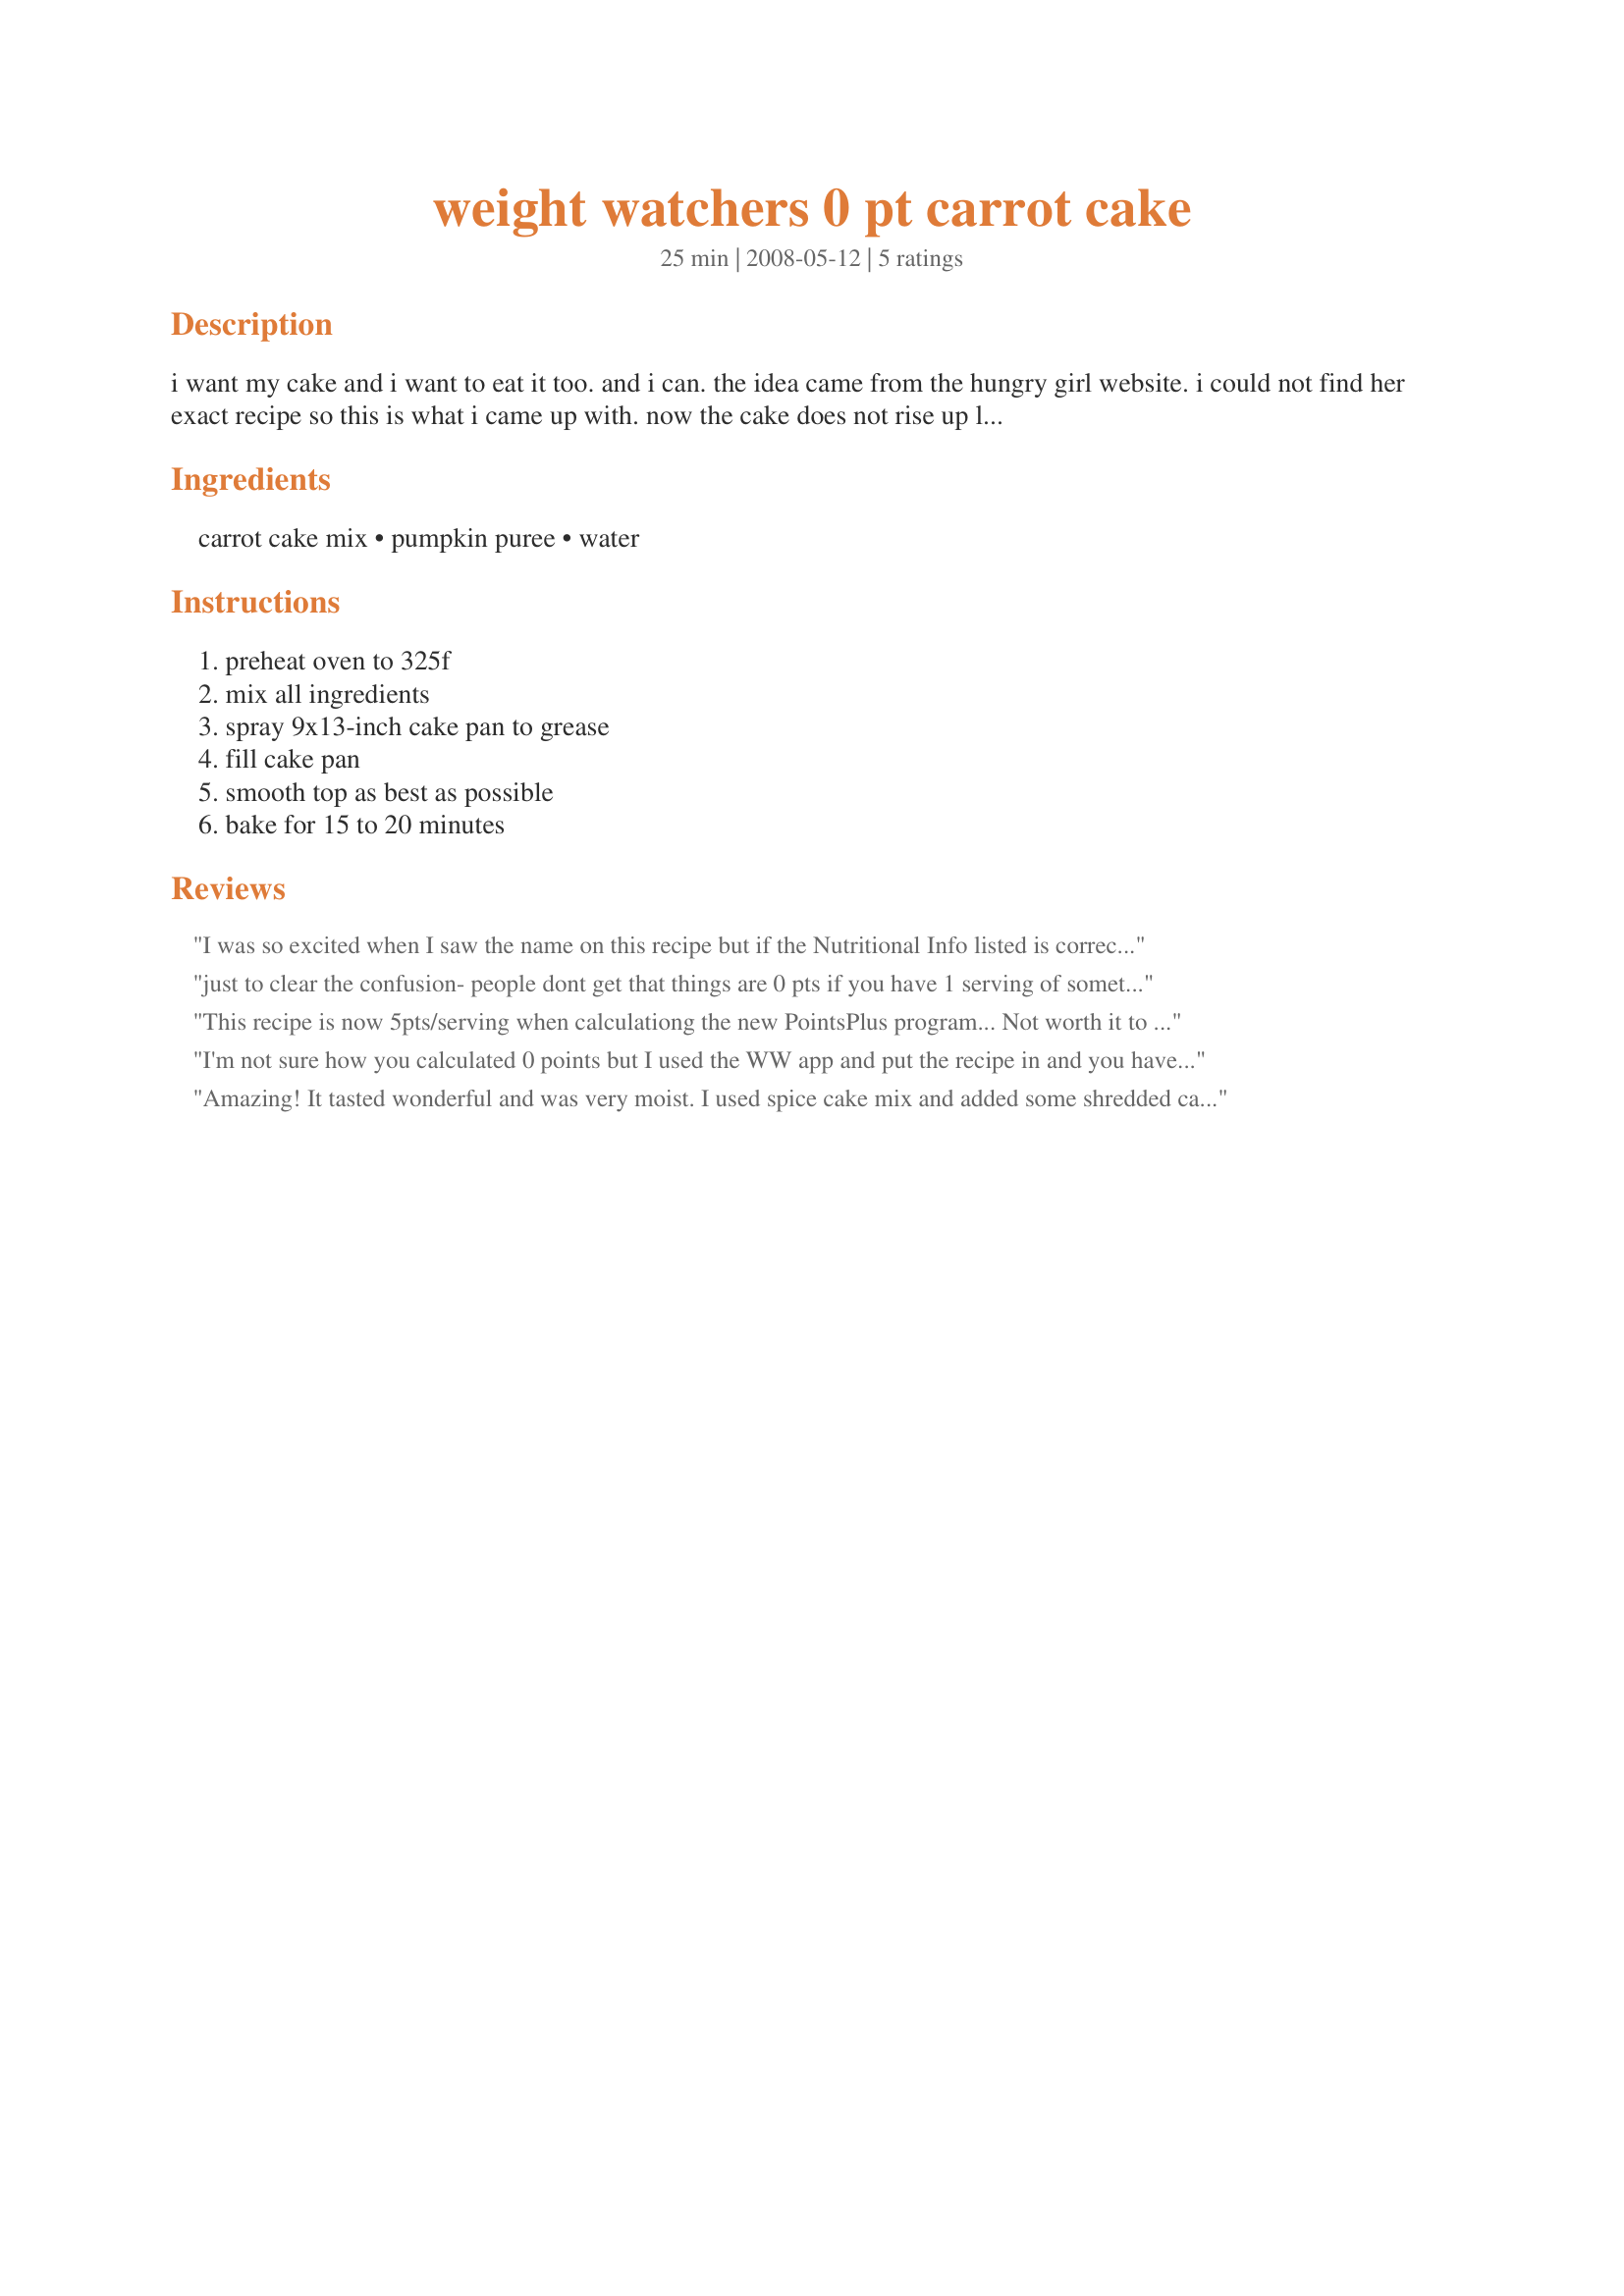
weight watchers 0 pt carrot cake
Preparation time: 25 minutes

i want my cake and i want to eat it too. and i can. the idea came from the hungry girl website. i could not find her exact recipe so this is what i came up with. now the cake does not rise up like normal cakes do. but, the flavor and moistness is awesome. it has the texture of a bread pudding,
i did make a light sour cream glaze with pecans for the top and that added 2 points if you use the whole amount i usually only use half so i figure one point. will list that recipe also.

Ingredients:
carrot cake mix, pumpkin puree, water

Steps:
preheat oven to 325f, mix all ingredients, spray 9x13-inch cake pan to grease, fill cake pan, smooth top as best as possible, bake for 15 to 20 minutes

Reviews:
I was so excited when I saw the name on this recipe but if the Nutritional Info listed is correct, according to my handy Weight Watchers Turnaround Pointsfinder Slide, this cake has 4 PTS per serving ... sorry to disappoint anyone, but thought all you fellow Weight Watchers would want to know -- it sure does seem though that it must be a whole lot healthier than a regular piece of cake!
just to clear the confusion- people dont get that things are 0 pts if you have 1 serving of something once you have 2 servings at a time its no longer 0 points- even the 0 point soup aren't 0 pts once you eat more than the serving size
This recipe is now 5pts/serving when calculationg the new PointsPlus program... Not worth it to me :(
I'm not sure how you calculated 0 points but I used the WW app and put the recipe in and you have to include the servings for the whole box, not just one serving, which is only 7, vs. (24 cupcakes = 89 points for 18 oz. pkg of cake mix). My app says these are 4 point muffins.
Amazing! It tasted wonderful and was very moist. I used spice cake mix and added some shredded carrots instead. All the taste, without the guilt. Thank you!
